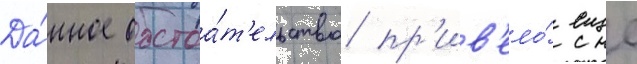
Да́нное обстоа́т'ельство пр'ив'ело́ еще